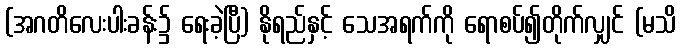
(အဂတိလေးပါးခန်း၌ ရေးခဲ့ပြီ) နိုရည်နှင့် သေအရက်ကို ရောစပ်၍တိုက်လျှင် (မသိ